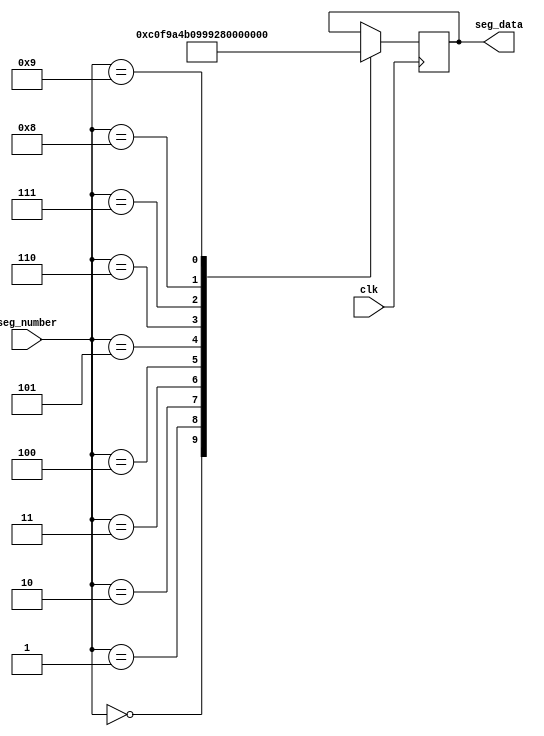
module seven_seg(clk, seg_number, seg_data);
input  clk;
input  [3:0]seg_number;
output reg [7:0]seg_data;

always@(posedge clk) 
begin  
	case(seg_number)
		4'd0:seg_data <= 8'b1100_0000;
		4'd1:seg_data <= 8'b1111_1001;
		4'd2:seg_data <= 8'b1010_0100;
		4'd3:seg_data <= 8'b1011_0000;
		4'd4:seg_data <= 8'b1001_1001;
		4'd5:seg_data <= 8'b1001_0010;
		4'd6:seg_data <= 8'b1000_0010;
		4'd7:seg_data <= 8'b1101_1000;
		4'd8:seg_data <= 8'b1000_0000;
		4'd9:seg_data <= 8'b1001_0000;
		default: seg_data <= seg_data;
	endcase
end

endmodule